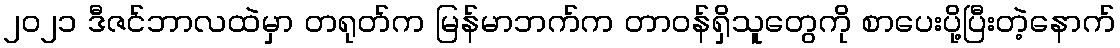
၂၀၂၁ ဒီဇင်ဘာလထဲမှာ တရုတ်က မြန်မာဘက်က တာဝန်ရှိသူတွေကို စာပေးပို့ပြီးတဲ့နောက်